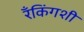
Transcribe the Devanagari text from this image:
रँकिंगशी